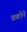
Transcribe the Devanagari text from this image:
चकोने